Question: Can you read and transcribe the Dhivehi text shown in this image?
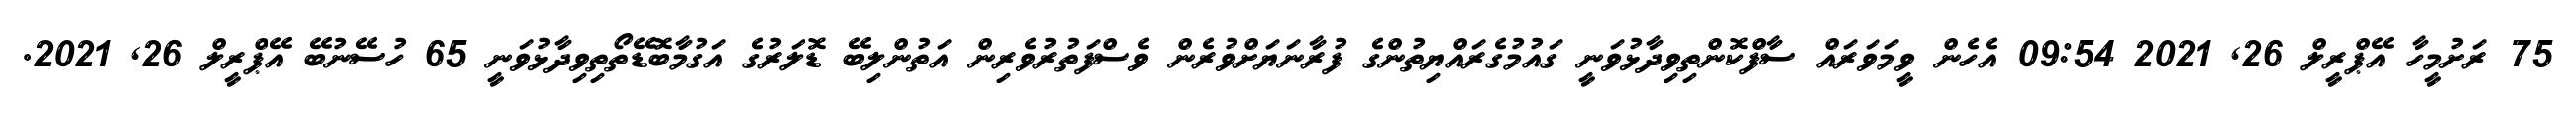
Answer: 75 ރަށުމީހާ އޭޕްރީލް 26, 2021 09:54 އެހެން ވީމަވަރައް ސާފްކޮންތިވިދާޅުވަނީ ގައުމުގެރައްޔިތުންގެ ފުރާނަޔަށްވުރެން ވެސްފަތުރުވެރިން އަތުންލިބޭ ޑޮލަރުގެ އަގުމާބޮޑޭތޯތިވިދާޅުވަނީ 65 ހުސޭނުބޭ އޭޕްރީލް 26, 2021.